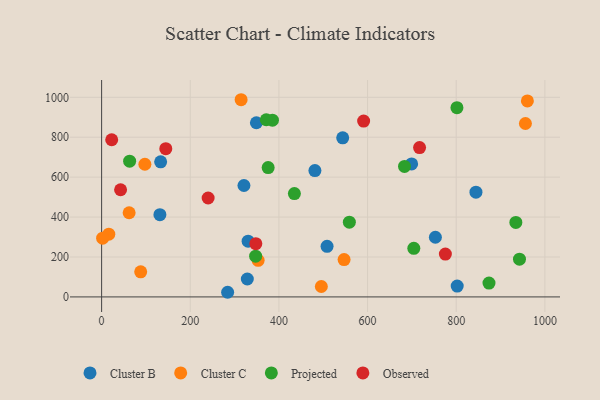
{"axis": {"x": "Investment", "y": "Rating"}, "legend": ["Cluster B", "Cluster C", "Observed", "Projected"], "data": [{"x": "481.2", "y": 633.1, "type": "Cluster B"}, {"x": "330.5", "y": 279.4, "type": "Cluster B"}, {"x": "802.2", "y": 54.4, "type": "Cluster B"}, {"x": "349.2", "y": 872.5, "type": "Cluster B"}, {"x": "328.7", "y": 89.6, "type": "Cluster B"}, {"x": "543.9", "y": 797.0, "type": "Cluster B"}, {"x": "321.1", "y": 558.2, "type": "Cluster B"}, {"x": "133.2", "y": 677.0, "type": "Cluster B"}, {"x": "508.6", "y": 253.3, "type": "Cluster B"}, {"x": "844.5", "y": 524.5, "type": "Cluster B"}, {"x": "753.0", "y": 298.9, "type": "Cluster B"}, {"x": "699.4", "y": 666.2, "type": "Cluster B"}, {"x": "284.3", "y": 23.2, "type": "Cluster B"}, {"x": "131.5", "y": 412.2, "type": "Cluster B"}, {"x": "62.1", "y": 421.7, "type": "Cluster C"}, {"x": "547.0", "y": 186.8, "type": "Cluster C"}, {"x": "97.6", "y": 664.7, "type": "Cluster C"}, {"x": "314.7", "y": 987.9, "type": "Cluster C"}, {"x": "353.1", "y": 183.3, "type": "Cluster C"}, {"x": "960.5", "y": 981.9, "type": "Cluster C"}, {"x": "16.2", "y": 314.2, "type": "Cluster C"}, {"x": "2.3", "y": 294.1, "type": "Cluster C"}, {"x": "495.7", "y": 52.1, "type": "Cluster C"}, {"x": "956.1", "y": 868.7, "type": "Cluster C"}, {"x": "88.2", "y": 125.9, "type": "Cluster C"}, {"x": "385.4", "y": 885.6, "type": "Projected"}, {"x": "873.9", "y": 69.4, "type": "Projected"}, {"x": "434.9", "y": 517.5, "type": "Projected"}, {"x": "704.3", "y": 243.4, "type": "Projected"}, {"x": "801.6", "y": 948.0, "type": "Projected"}, {"x": "942.7", "y": 189.0, "type": "Projected"}, {"x": "683.3", "y": 653.6, "type": "Projected"}, {"x": "934.5", "y": 373.1, "type": "Projected"}, {"x": "63.2", "y": 680.2, "type": "Projected"}, {"x": "375.7", "y": 648.1, "type": "Projected"}, {"x": "558.9", "y": 374.4, "type": "Projected"}, {"x": "371.5", "y": 887.5, "type": "Projected"}, {"x": "347.5", "y": 204.2, "type": "Projected"}, {"x": "22.8", "y": 787.4, "type": "Observed"}, {"x": "240.3", "y": 495.5, "type": "Observed"}, {"x": "42.8", "y": 536.8, "type": "Observed"}, {"x": "775.5", "y": 214.8, "type": "Observed"}, {"x": "347.9", "y": 266.7, "type": "Observed"}, {"x": "591.1", "y": 881.0, "type": "Observed"}, {"x": "717.3", "y": 748.2, "type": "Observed"}, {"x": "144.8", "y": 742.7, "type": "Observed"}]}